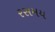
રસમય